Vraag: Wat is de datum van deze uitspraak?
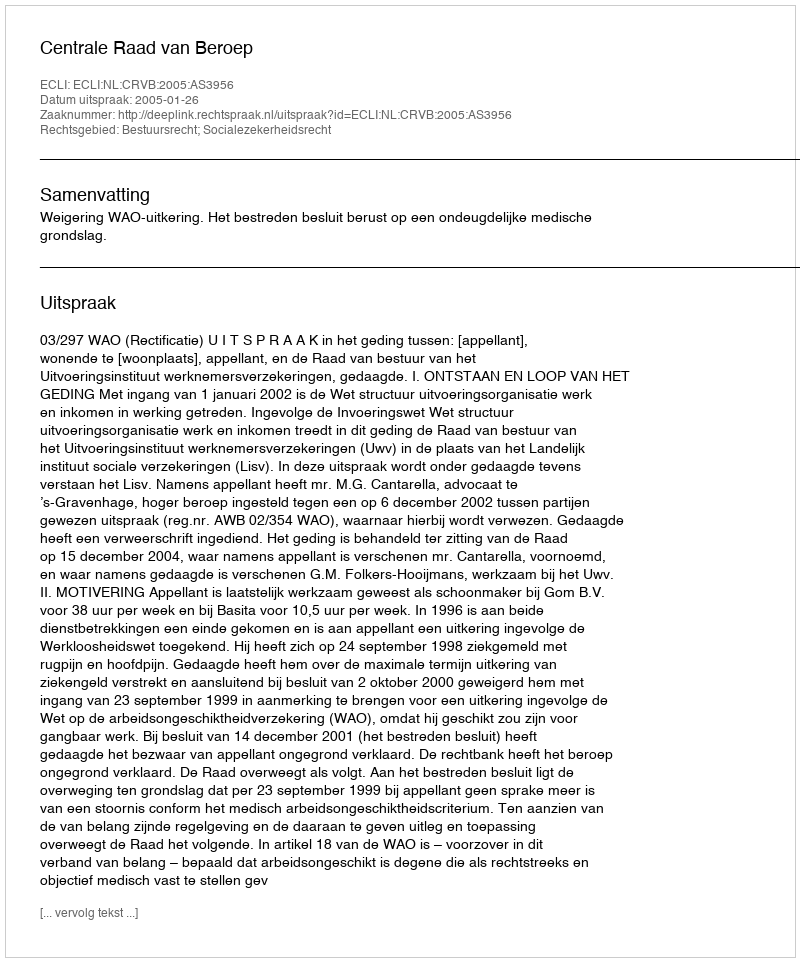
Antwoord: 2005-01-26